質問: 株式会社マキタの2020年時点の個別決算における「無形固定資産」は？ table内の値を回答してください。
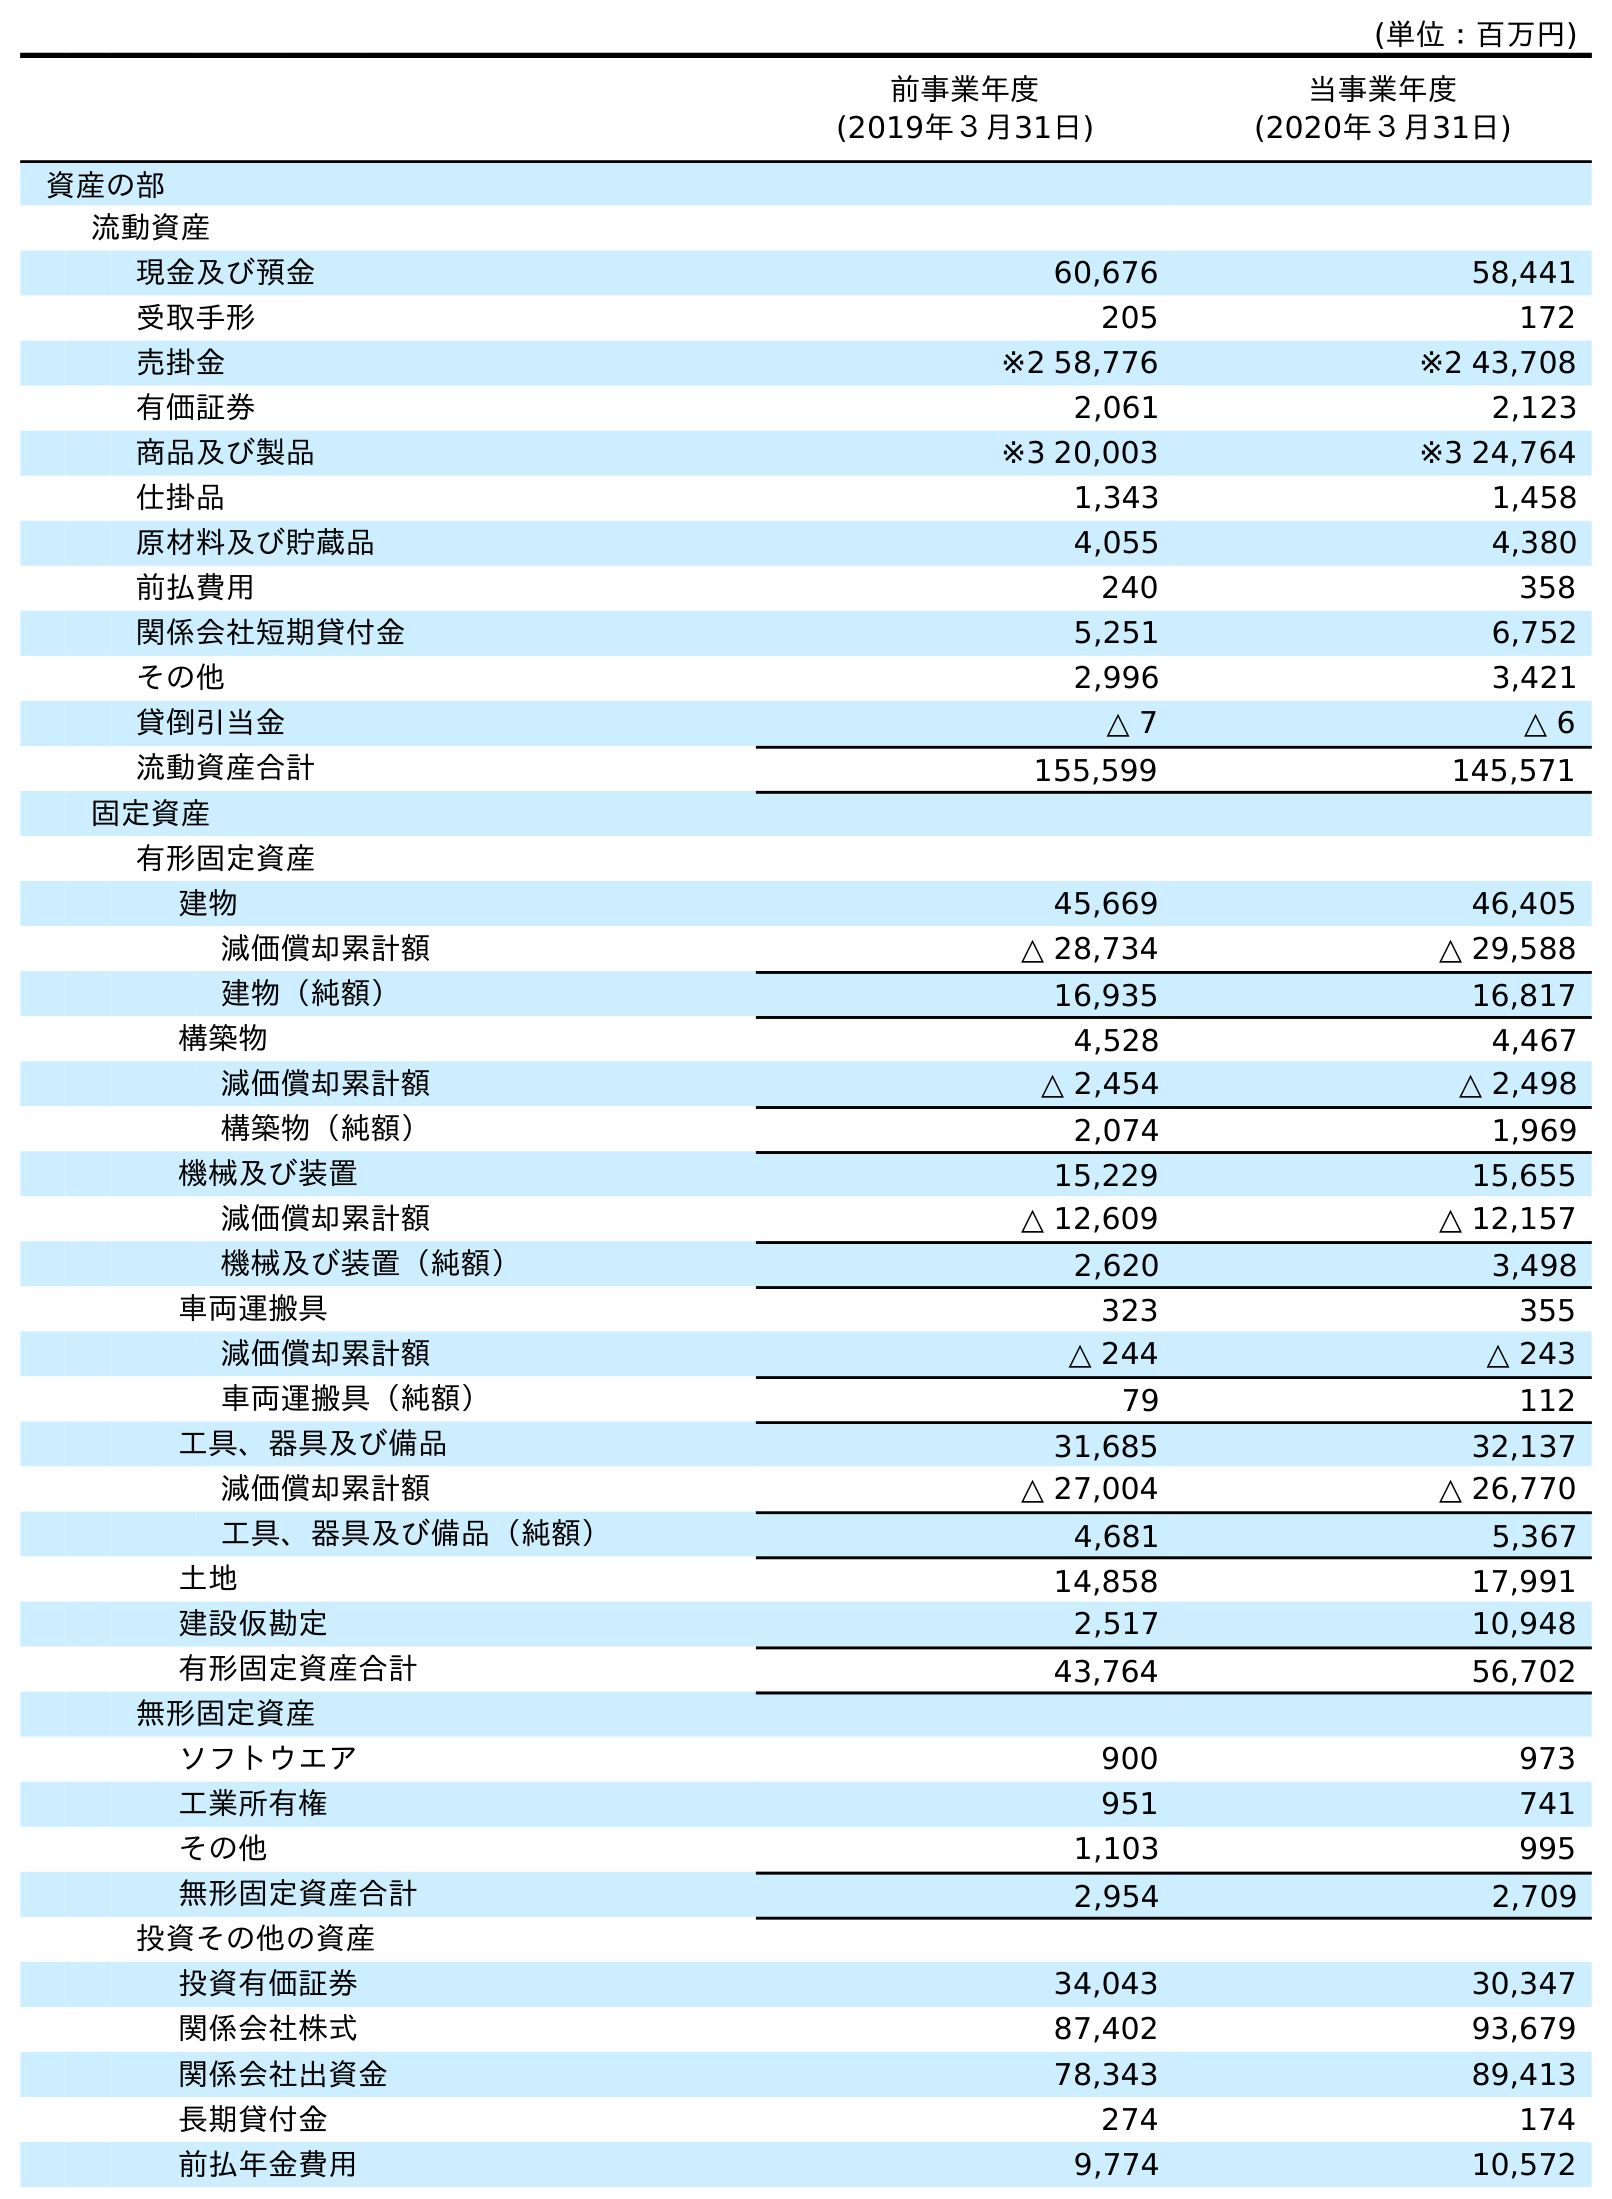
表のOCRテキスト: (単位：百万円) 前事業年度 (2019年３月31日) 当事業年度 (2020年３月31日) 資産の部 流動資産 現金及び預金 60,676 58,441 受取手形 205 172 売掛金 ※2 58,776 ※2 43,708 有価証券 2,061 2,123 商品及び製品 ※3 20,003 ※3 24,764 仕掛品 1,343 1,458 原材料及び貯蔵品 4,055 4,380 前払費用 240 358 関係会社短期貸付金 5,251 6,752 その他 2,996 3,421 貸倒引当金 △ 7 △ 6 流動資産合計 155,599 145,571 固定資産 有形固定資産 建物 45,669 46,405 減価償却累計額 △ 28,734 △ 29,588 建物（純額） 16,935 16,817 構築物 4,528 4,467 減価償却累計額 △ 2,454 △ 2,498 構築物（純額） 2,074 1,969 機械及び装置 15,229 15,655 減価償却累計額 △ 12,609 △ 12,157 機械及び装置（純額） 2,620 3,498 車両運搬具 323 355 減価償却累計額 △ 244 △ 243 車両運搬具（純額） 79 112 工具、器具及び備品 31,685 32,137 減価償却累計額 △ 27,004 △ 26,770 工具、器具及び備品（純額） 4,681 5,367 土地 14,858 17,991 建設仮勘定 2,517 10,948 有形固定資産合計 43,764 56,702 無形固定資産 ソフトウエア 900 973 工業所有権 951 741 その他 1,103 995 無形固定資産合計 2,954 2,709 投資その他の資産 投資有価証券 34,043 30,347 関係会社株式 87,402 93,679 関係会社出資金 78,343 89,413 長期貸付金 274 174 前払年金費用 9,774 10,572
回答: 2,709